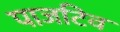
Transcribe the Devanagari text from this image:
पाजटिव